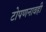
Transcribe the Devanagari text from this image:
टोपणनावही